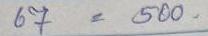
67 = 500